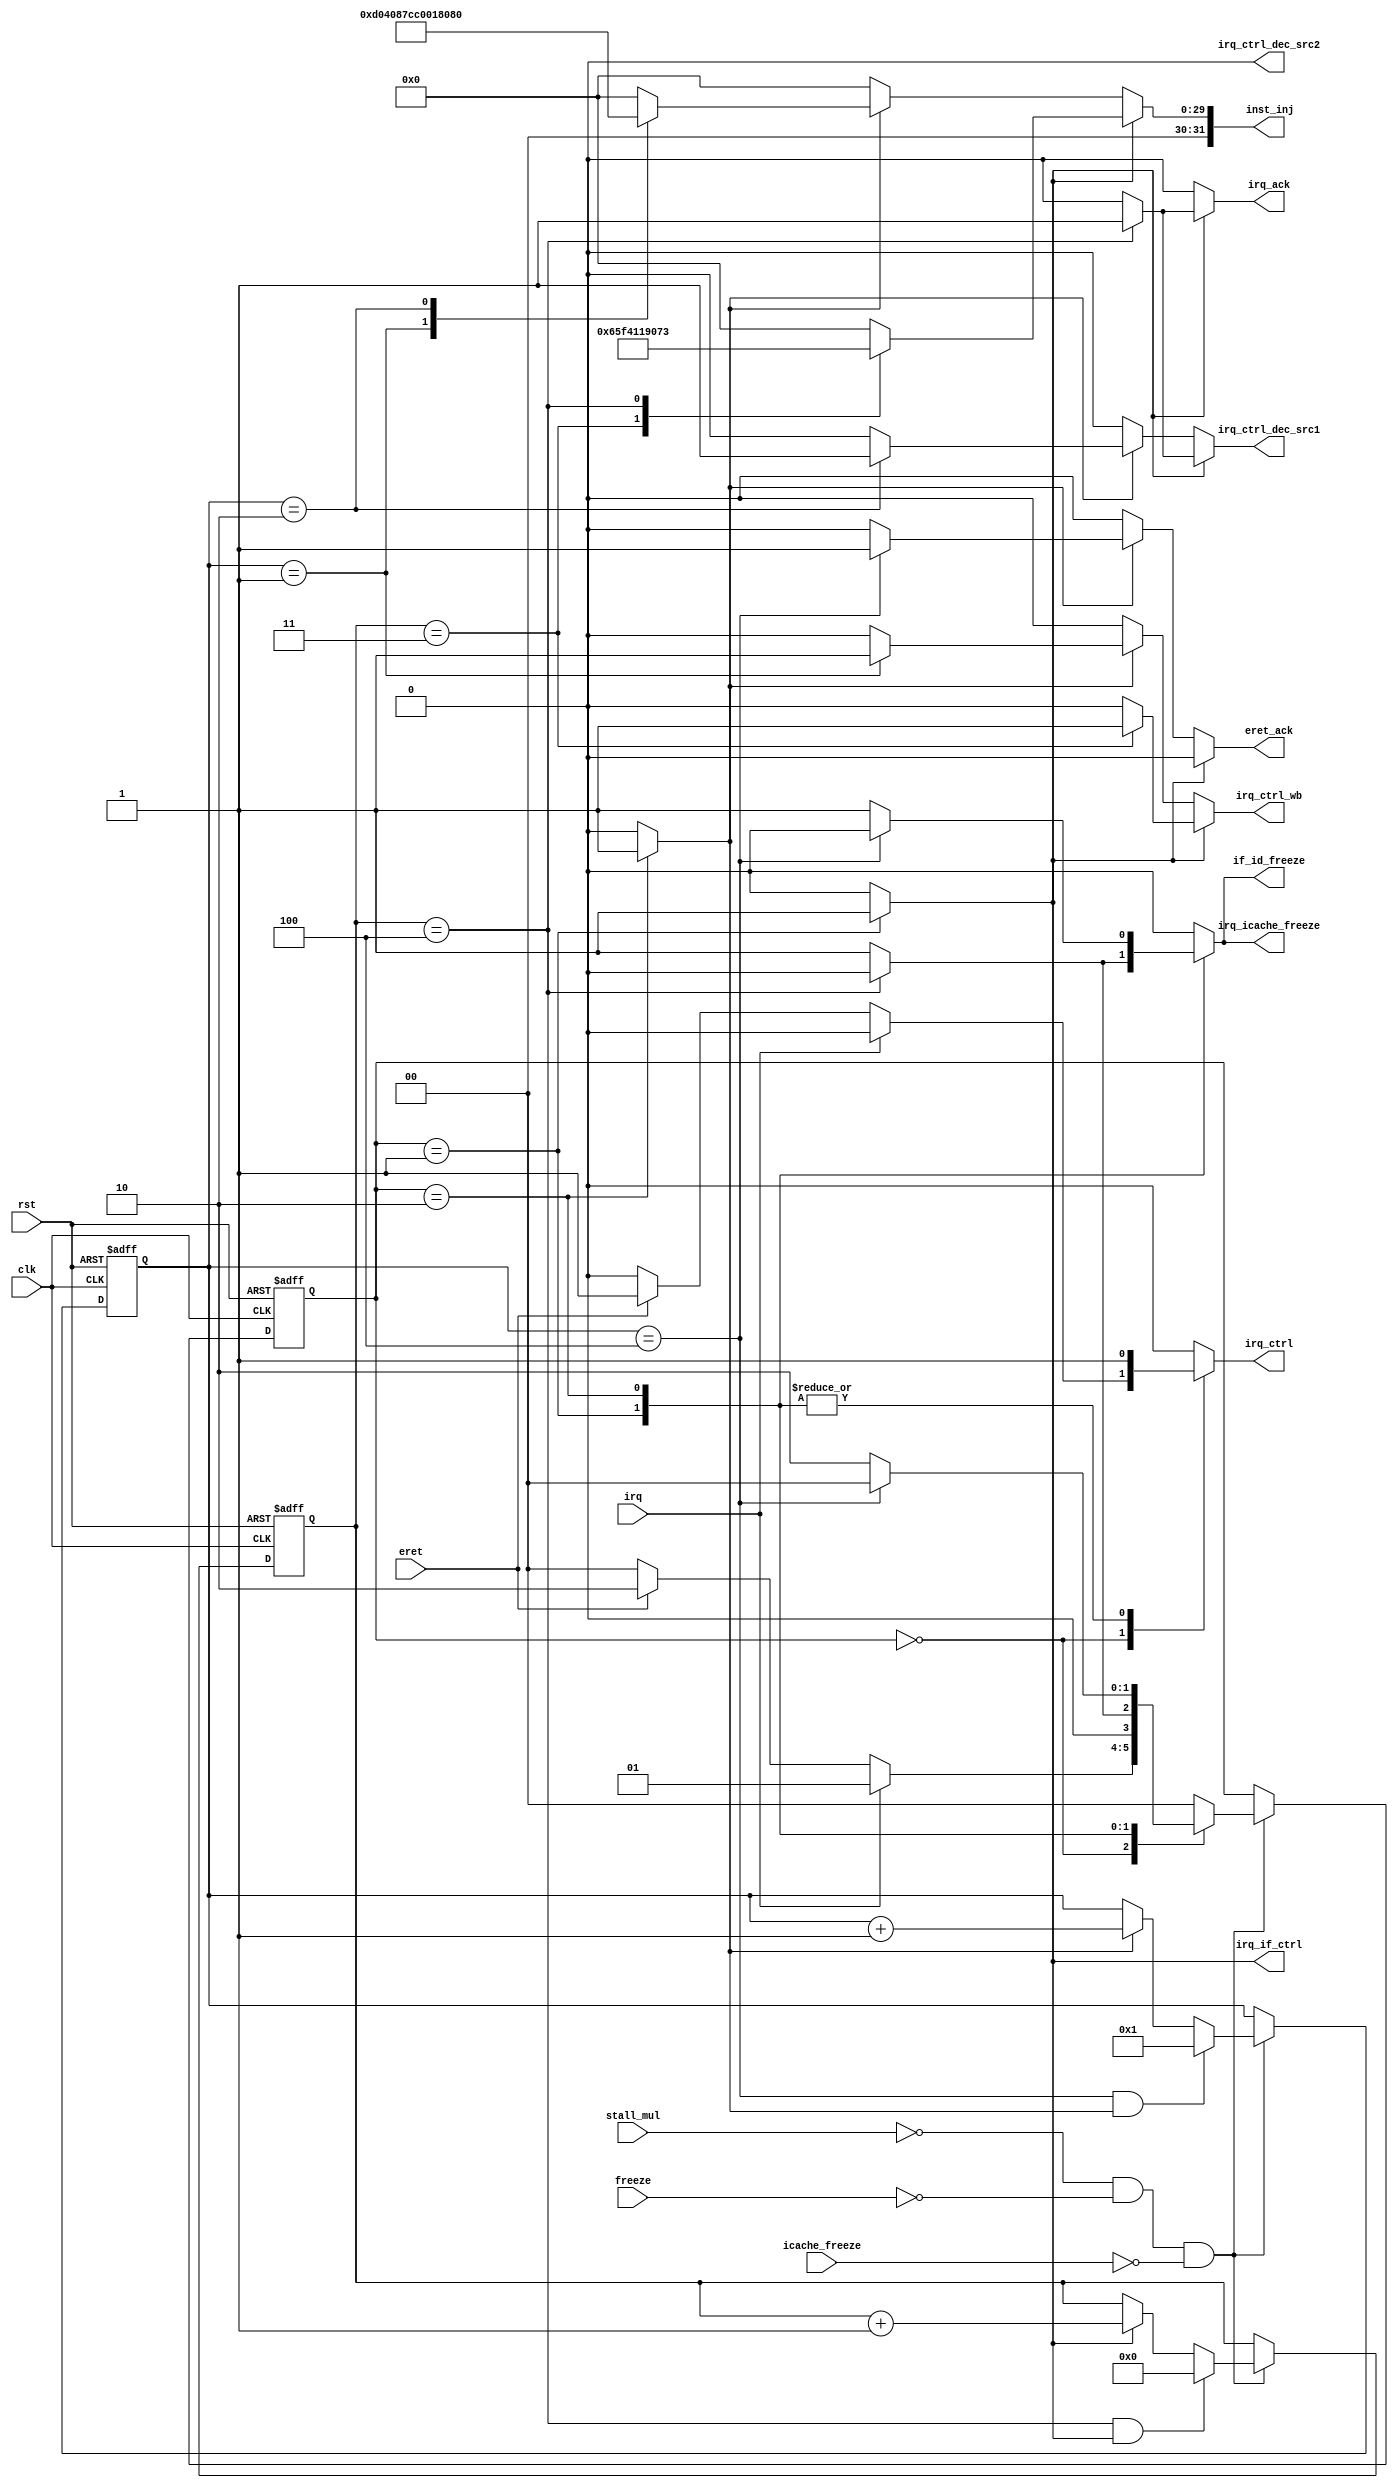
//******************************************************************************
// Copyright (c) 2014 - 2018, Indian Institute of Science, Bangalore.
// All Rights Reserved. See LICENSE for license details.
//------------------------------------------------------------------------------

// Contributors
// Akshay Birari (akshay@alum.iisc.ac.in), Piyush Birla (piyush@alum.iisc.ac.in)
// Suseela Budi (suseela@alum.iisc.ac.in), Pradeep Gupta (gupta@alum.iisc.ac.in)
// Kavya Sharat (kavyasharat@alum.iisc.ac.in), Sumeet Bandishte (sumeet.bandishte30@gmail.com)
// Kuruvilla Varghese (kuru@iisc.ac.in)
`timescale 1ns / 1ps
module irq_interface(
input clk,
input rst,
input stall_mul,
input freeze,
input icache_freeze,
input irq,
input eret,
output reg irq_ack,
output reg eret_ack,
output reg [31:0] inst_inj,
output reg irq_ctrl,
output reg irq_ctrl_wb,
output reg irq_if_ctrl,             //The pc should be changed to ISR value when IrQ is high.
output reg irq_ctrl_dec_src1,
output reg irq_ctrl_dec_src2,
output reg if_id_freeze,
output reg irq_icache_freeze
);

parameter idle= 2'b00;
parameter ent_inject = 2'b01;
parameter ret_inject = 2'b10;

reg [3:0] count1,count2;
reg count1_en,count2_en;
reg [1:0] state,nxstate;

wire [31:0] inst0;
wire [31:0] inst1;
wire [31:0] inst2;
wire [31:0] inst3;
wire [31:0] inst4;
wire [31:0] inst5;
wire [31:0] inst6;
wire [31:0] inst7;
wire [31:0] inst8;
wire [31:0] inst9;
wire [31:0] inst10;
wire [31:0] inst11;

/////////////Sequence of instructions for saving state
// ** THese instruction should get executed in starting and ending of stack pointer ** //
// ** Since mepc is being used at many places, we are making these storing of PC and current priority in software **//

//assign inst0 = 32'b01011111000100000000_00011_0110111;      // LUI r3(s), 5F100 ; load r31 with peripheral base address
//assign inst1 = 32'b011111111000_00011_010_00011_0000011;    //lw 3(s) zero,5F1007F8(#2040); Load the active register from 2040 location(its address)
//assign inst2 = 32'b111111111000_00010_000_00010_0010011;    //addi sp,sp,-8;    Modify stack pointer
//assign inst3 = 32'b0000000_00011_00010_010_00100_0100011;   //sw sp,3(s),4; Push active register to stack.
//assign inst4 = 32'b00000000000000000000_00001_0010111;      //auipc ra,0 
//assign inst5 = 32'b0000000_00001_00010_010_00000_0100011;   //sw sp,3(s),0; Store reg 1 in 2044 location. xepc location

///////////////Sequence of instructions for restoring state

//assign inst6 = 32'b01011111000100000000_00011_0110111;      // LUI r3(s), 5F100 ; load r31 with peripheral base address
//assign inst7 = 32'b000000000100_00010_010_00100_0000011;   //lw 4(s),sp,4;   Pop from stack-active register
//assign inst8 = 32'b0111111_00100_00011_010_11000_0100011;   //sw zero,4(s),5F1007F8(#2040);; Store the active register back to its address
//assign inst9 = 32'b000000000000_00010_010_00001_0000011;   //lw 4(s),sp,0; Load reg 1 with 2044(xepc) register
//assign inst10 = 32'b000000001000_00010_000_00010_0010011;    //addi sp,sp,8; Restore stack pointer to its previous value
//assign inst11 = 32'b000000000000_00001_000_00000_1100111;   //jalr zero,4(s),zero; Set pc to the location in register 1
// ***              *** //

assign inst0 = 32'b00000000000000000000_00011_0010111;      //auipc x3(s),0 
assign inst1 = 32'h34119073;      //CSRW mepc, x3(s)  

assign inst2 = 32'h341021F3;     // CSRR x3(s), mepc
assign inst3 = 32'h00018067;   //jalr zero,x3(s)  Set pc to the location in shadow register 3


always @(posedge clk or posedge rst) begin
	if(rst) begin
		state <=  #2 idle;
		count1 <= #2 4'd0;
		count2 <= #2 4'd1;
	end
	else begin
		if(~stall_mul & ~freeze & ~icache_freeze ) begin   // icache_freeze added in the condition reason in cpu.v
			state <= #2 nxstate;
			if((count1 == 4) & count1_en)
				count1 <= #2 3'd0;
			else if(count1_en)
			count1 <= #2	 count1 + 1;
            if((count2 == 4) & count2_en)
			count2 <= #2	3'd1;            
            else if(count2_en)
				count2 <= #2 count2 + 1;
		end
	end
end

always @(*) begin
	case(state)
		idle:	begin
			count1_en <= 1'b0;
			count2_en <= 1'b0;
			irq_if_ctrl <= 1'b0;
			irq_icache_freeze <= 1'b0;
            if_id_freeze <= 1'b0;
			if(irq) begin
				nxstate <= ent_inject;
				irq_ctrl <= 1'b0;
			end
            else if(eret) begin
                nxstate <= ret_inject;
				irq_ctrl <= 1'b1;       
            end
			else begin
				nxstate <= idle;
				irq_ctrl <= 1'b0;
			end
		end
		ent_inject: begin
			irq_ctrl <= 1'b1;
			count1_en <= 1'b1;
			count2_en <= 1'b0;
            irq_if_ctrl <= 1'b1;
			if(count1 == 4) begin
				if_id_freeze <= 1'b0;
    			irq_icache_freeze <= 1'b0;
				nxstate <= idle;
            end				
			else begin
				if_id_freeze <= 1'b1;
                irq_icache_freeze <= 1'b1;
				nxstate <= ent_inject;
            end
		end
        ret_inject: begin
            irq_ctrl <= 1'b1;
            count1_en <= 1'b0;
            count2_en <= 1'b1;
            irq_if_ctrl <= 1'b0;
            if(count2 == 4) begin
                if_id_freeze <= 1'b0;
                nxstate <= idle;
    			irq_icache_freeze <= 1'b0;
            end
            else begin
                if_id_freeze <= 1'b1;
                nxstate <= ret_inject;
    			irq_icache_freeze <= 1'b1;
            end                   
        end
        default: begin
            irq_ctrl <= 1'b0;
			irq_icache_freeze <= 1'b0;
            count1_en <= 1'b0;
            count2_en <= 1'b0;
            irq_if_ctrl <= 1'b0;
            if_id_freeze <= 1'b0;
            nxstate <= idle;    
        end
	endcase;
end

always @(*) begin
	if(count1_en) begin
        eret_ack <= 1'b0;
        case(count1)
            4'd0: begin 
                inst_inj <= 32'b0;
                irq_ack <= 1'b0;
                irq_ctrl_dec_src1 <= 1'b0;
                irq_ctrl_dec_src2 <= 1'b0;                
                irq_ctrl_wb <= 1'b0;
            end
            4'd1: begin 
                inst_inj <= 32'b0;
                irq_ack <= 1'b0;
                irq_ctrl_dec_src1 <= 1'b0;
                irq_ctrl_dec_src2 <= 1'b0;                
                irq_ctrl_wb <= 1'b0;
            end
            4'd2: begin 
                inst_inj <= 32'b0;
                irq_ack <= 1'b0;
                irq_ctrl_dec_src1 <= 1'b0;
                irq_ctrl_dec_src2 <= 1'b0;                
                irq_ctrl_wb <= 1'b0;
            end
            4'd3: begin 
                inst_inj <= inst0;
                irq_ack <= 1'b0;
                irq_ctrl_dec_src1 <= 1'b0;
                irq_ctrl_dec_src2 <= 1'b0;                
                irq_ctrl_wb <= 1'b1;
            end
            4'd4: begin 
                inst_inj <= inst1;
                irq_ack <= 1'b1;
                irq_ctrl_dec_src1 <= 1'b1;
                irq_ctrl_dec_src2 <= 1'b0;                
                irq_ctrl_wb <= 1'b0;
            end
//            4'd5: begin
//                inst_inj <= inst2;
//                irq_ack <= 1'b0;
//                irq_ctrl_dec_src1 <= 1'b0;
//                irq_ctrl_dec_src2 <= 1'b0;                
//                irq_ctrl_wb <= 1'b0;
//            end
//            4'd6: begin
//                inst_inj <= inst3;
//                irq_ack <= 1'b0;
//                irq_ctrl_dec_src1 <= 1'b0;
//                irq_ctrl_dec_src2 <= 1'b1;                
//                irq_ctrl_wb <= 1'b0;
//            end
//            4'd7: begin
//                inst_inj <= inst4;
//                irq_ack <= 1'b0;
//                irq_ctrl_dec_src1 <= 1'b0;
//                irq_ctrl_dec_src2 <= 1'b0;                
//                irq_ctrl_wb <= 1'b0;
//            end
//            4'd8: begin
//                inst_inj <= inst5;
//                irq_ack <=1'b1;
//                irq_ctrl_dec_src1 <= 1'b0;
//                irq_ctrl_dec_src2 <= 1'b0;                
//                irq_ctrl_wb <= 1'b0;
//            end
            default: begin
                inst_inj <= 32'b0;
                irq_ack <=1'b0;
                irq_ctrl_dec_src1 <= 1'b0;
                irq_ctrl_dec_src2 <= 1'b0;                
                irq_ctrl_wb <= 1'b0;            
            end
            endcase;
    end
    else if(count2_en) begin
        irq_ack <= 1'b0;
       case(count2)
            4'd1:	 begin 
                inst_inj <= inst2;
                eret_ack <= 1'b0;
                irq_ctrl_dec_src1 <= 1'b0;
                irq_ctrl_dec_src2 <= 1'b0;                
                irq_ctrl_wb <= 1'b1;
            end
            4'd2:	 begin 
                inst_inj <= inst3;
                eret_ack <= 1'b0;
                irq_ctrl_dec_src1 <= 1'b1;
                irq_ctrl_dec_src2 <= 1'b0;                
                irq_ctrl_wb <= 1'b0;
            end
//            4'd3: begin
//                inst_inj <= inst8;
//                eret_ack <= 1'b0;
//                irq_ctrl_dec_src1 <= 1'b1;
//                irq_ctrl_dec_src2 <= 1'b1;                
//                irq_ctrl_wb <= 1'b0;
//            end
//            4'd4: begin
//                inst_inj <= inst9;
//                eret_ack <= 1'b0;
//                irq_ctrl_dec_src1 <= 1'b0;
//                irq_ctrl_dec_src2 <= 1'b0;                
//                irq_ctrl_wb <= 1'b0;
//            end
//            4'd5: begin
//                inst_inj <= inst10;
//                eret_ack <= 1'b0;
//                irq_ctrl_dec_src1 <= 1'b0;
//                irq_ctrl_dec_src2 <= 1'b0;                
//                irq_ctrl_wb <= 1'b0;
//            end
//            4'd6: begin
//                inst_inj <= inst11;
//                eret_ack <= 1'b0;
//                irq_ctrl_dec_src1 <= 1'b0;
//                irq_ctrl_dec_src2 <= 1'b0;                
//                irq_ctrl_wb <= 1'b0;
//            end
            4'd3: begin
                inst_inj <= 32'b0;
                eret_ack <= 1'b0;
                irq_ctrl_dec_src1 <= 1'b0;
                irq_ctrl_dec_src2 <= 1'b0;                
                irq_ctrl_wb <= 1'b0;
            end
            4'd4: begin
                inst_inj <= 32'd0;
                eret_ack <= 1'b1;
                irq_ctrl_dec_src1 <= 1'b0;
                irq_ctrl_dec_src2 <= 1'b0;                
                irq_ctrl_wb <= 1'b0;
            end        
            default: begin
                inst_inj <= 32'b0;
                eret_ack <=1'b0;
                irq_ctrl_dec_src1 <= 1'b0;
                irq_ctrl_dec_src2 <= 1'b0;                
                irq_ctrl_wb <= 1'b0;            
            end
        endcase;
    end
    else begin
        inst_inj <= 32'b0;
        irq_ack <= 1'b0;
        eret_ack <= 1'b0;
        irq_ctrl_dec_src1 <= 1'b0;
        irq_ctrl_dec_src2 <= 1'b0;    
        irq_ctrl_wb <= 1'b0;    
    end
end

endmodule